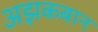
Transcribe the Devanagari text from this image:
अझकबान